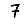
Digit: 7